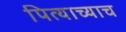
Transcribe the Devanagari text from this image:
पित्याच्याच